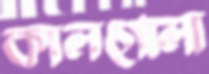
কালগোলা